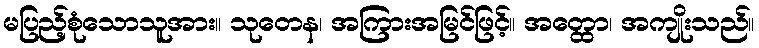
မပြည့်စုံသောသူအား။ သုတေန၊ အကြားအမြင်ဖြင့်။ အတ္ထော၊ အကျိုးသည်။